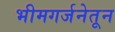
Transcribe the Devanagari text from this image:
भीमगर्जनेतून